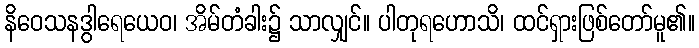
နိဝေသနဒွါရေယေဝ၊ အိမ်တံခါး၌ သာလျှင်။ ပါတုရဟောသိ၊ ထင်ရှားဖြစ်တော်မူ၏။